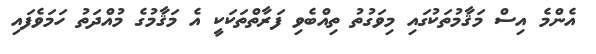
އެންމެ އިސް މަޤާމުތަކުގައި މިވަގުތު ތިއްބެވި ފަރާތްތަކަކީ އެ މަޤާމުގެ މުއްދަތު ހަމަވެފައި